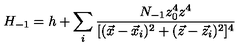
H _ { - 1 } = h + \sum _ { i } \frac { N _ { - 1 } z _ { 0 } ^ { 4 } z ^ { 4 } } { [ ( \vec { x } - \vec { x } _ { i } ) ^ { 2 } + ( \vec { z } - \vec { z } _ { i } ) ^ { 2 } ] ^ { 4 } }